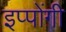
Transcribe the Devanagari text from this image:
इप्पोंगी